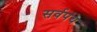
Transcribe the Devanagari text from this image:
सर्वपंथ